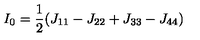
I _ { 0 } = \frac { 1 } { 2 } ( J _ { 1 1 } - J _ { 2 2 } + J _ { 3 3 } - J _ { 4 4 } )